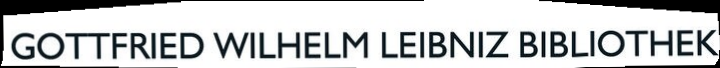
GOTTFRIED WILHELM LEIBNIZ BIBLIOTHEK